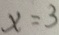
x = 3